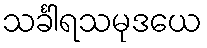
သင်္ခါရသမုဒယေ